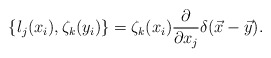
\begin{align*}\{l_j(x_i),\zeta_k(y_i)\}=\zeta_k(x_i)\frac{\partial}{\partial x_j}\delta(\vec x-\vec y).\end{align*}